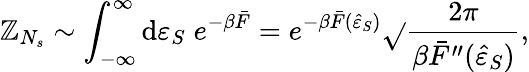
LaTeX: \mathbb{Z}_{N_{s}}\sim\int_{-\infty}^{\infty}{\mathrm{{d}}\varepsilon_{S}\; e^{-\beta\bar{{F}}}}=e^{-\beta\bar{{F}}(\hat{{\varepsilon}}_{S})}\sqrt{}{{\frac{{2\pi}}{{\beta\bar{{F}}^{\prime\prime}(\hat{{\varepsilon}}_{S})}}}},